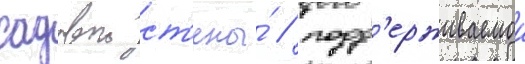
садовои ст'ены́ / подд'ерживаемои